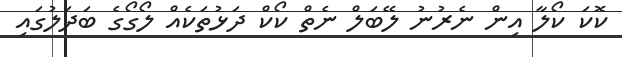
ކޮކަ ކޯލާ އިން ނެރުނު ލޭބަލް ނެތް ކޯކް ދަޅުތަކެއް ލޯގޯގެ ބަދަލުގައި